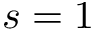
s = 1